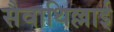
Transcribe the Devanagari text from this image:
सैवाथिल्लाई